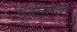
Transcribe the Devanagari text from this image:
गन्धर्वनगरात्तदा॥